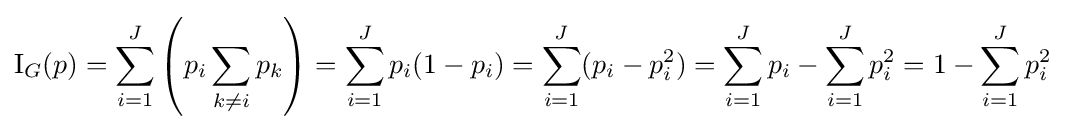
\operatorname {I} _{G}(p)=\sum _{i=1}^{J}\left(p_{i}\sum _{k\neq i}p_{k}\right)=\sum _{i=1}^{J}p_{i}(1-p_{i})=\sum _{i=1}^{J}(p_{i}-p_{i}^{2})=\sum _{i=1}^{J}p_{i}-\sum _{i=1}^{J}p_{i}^{2}=1-\sum _{i=1}^{J}p_{i}^{2}